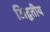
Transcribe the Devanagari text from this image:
अिद्वतीय